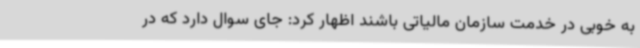
به خوبی در خدمت سازمان مالیاتی باشند اظهار کرد: جای سوال دارد که در